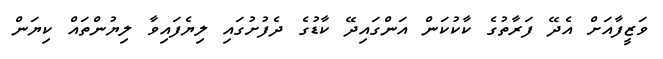
ވަޒީފާއަށް އެދޭ ފަރާތުގެ ކާކުކަން އަންގައިދޭ ކާޑުގެ ދެފުށުގައި ލިޔެފައިވާ ލިޔުންތައް ކިޔަން